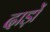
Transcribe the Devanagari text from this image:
दाड़ों